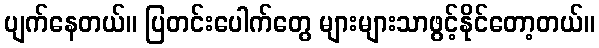
ပျက်နေတယ်။ ပြတင်းပေါက်တွေ များများသာဖွင့်နိုင်တော့တယ်။